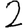
Digit: 2